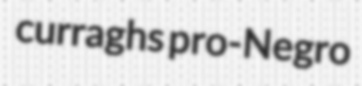
curraghs pro-Negro